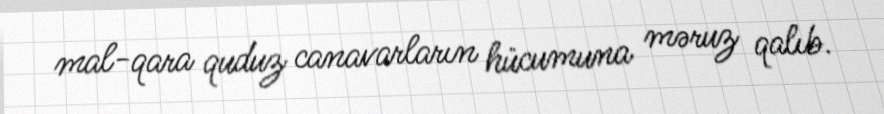
mal-qara quduz canavarların hücumuna məruz qalıb.